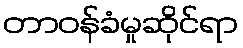
တာဝန်ခံမှုဆိုင်ရာ